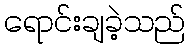
ရောင်းချခဲ့သည်